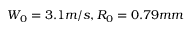
W _ { 0 } = 3 . 1 m / s , R _ { 0 } = 0 . 7 9 m m